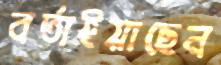
বর্তাইয়াছেন